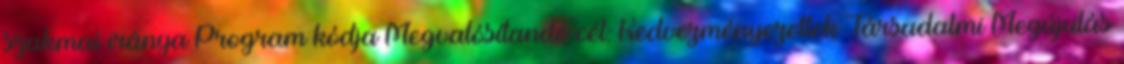
szakmai iránya Program kódja Megvalósítandó cél: Kedvezményezettek Társadalmi Megújulás